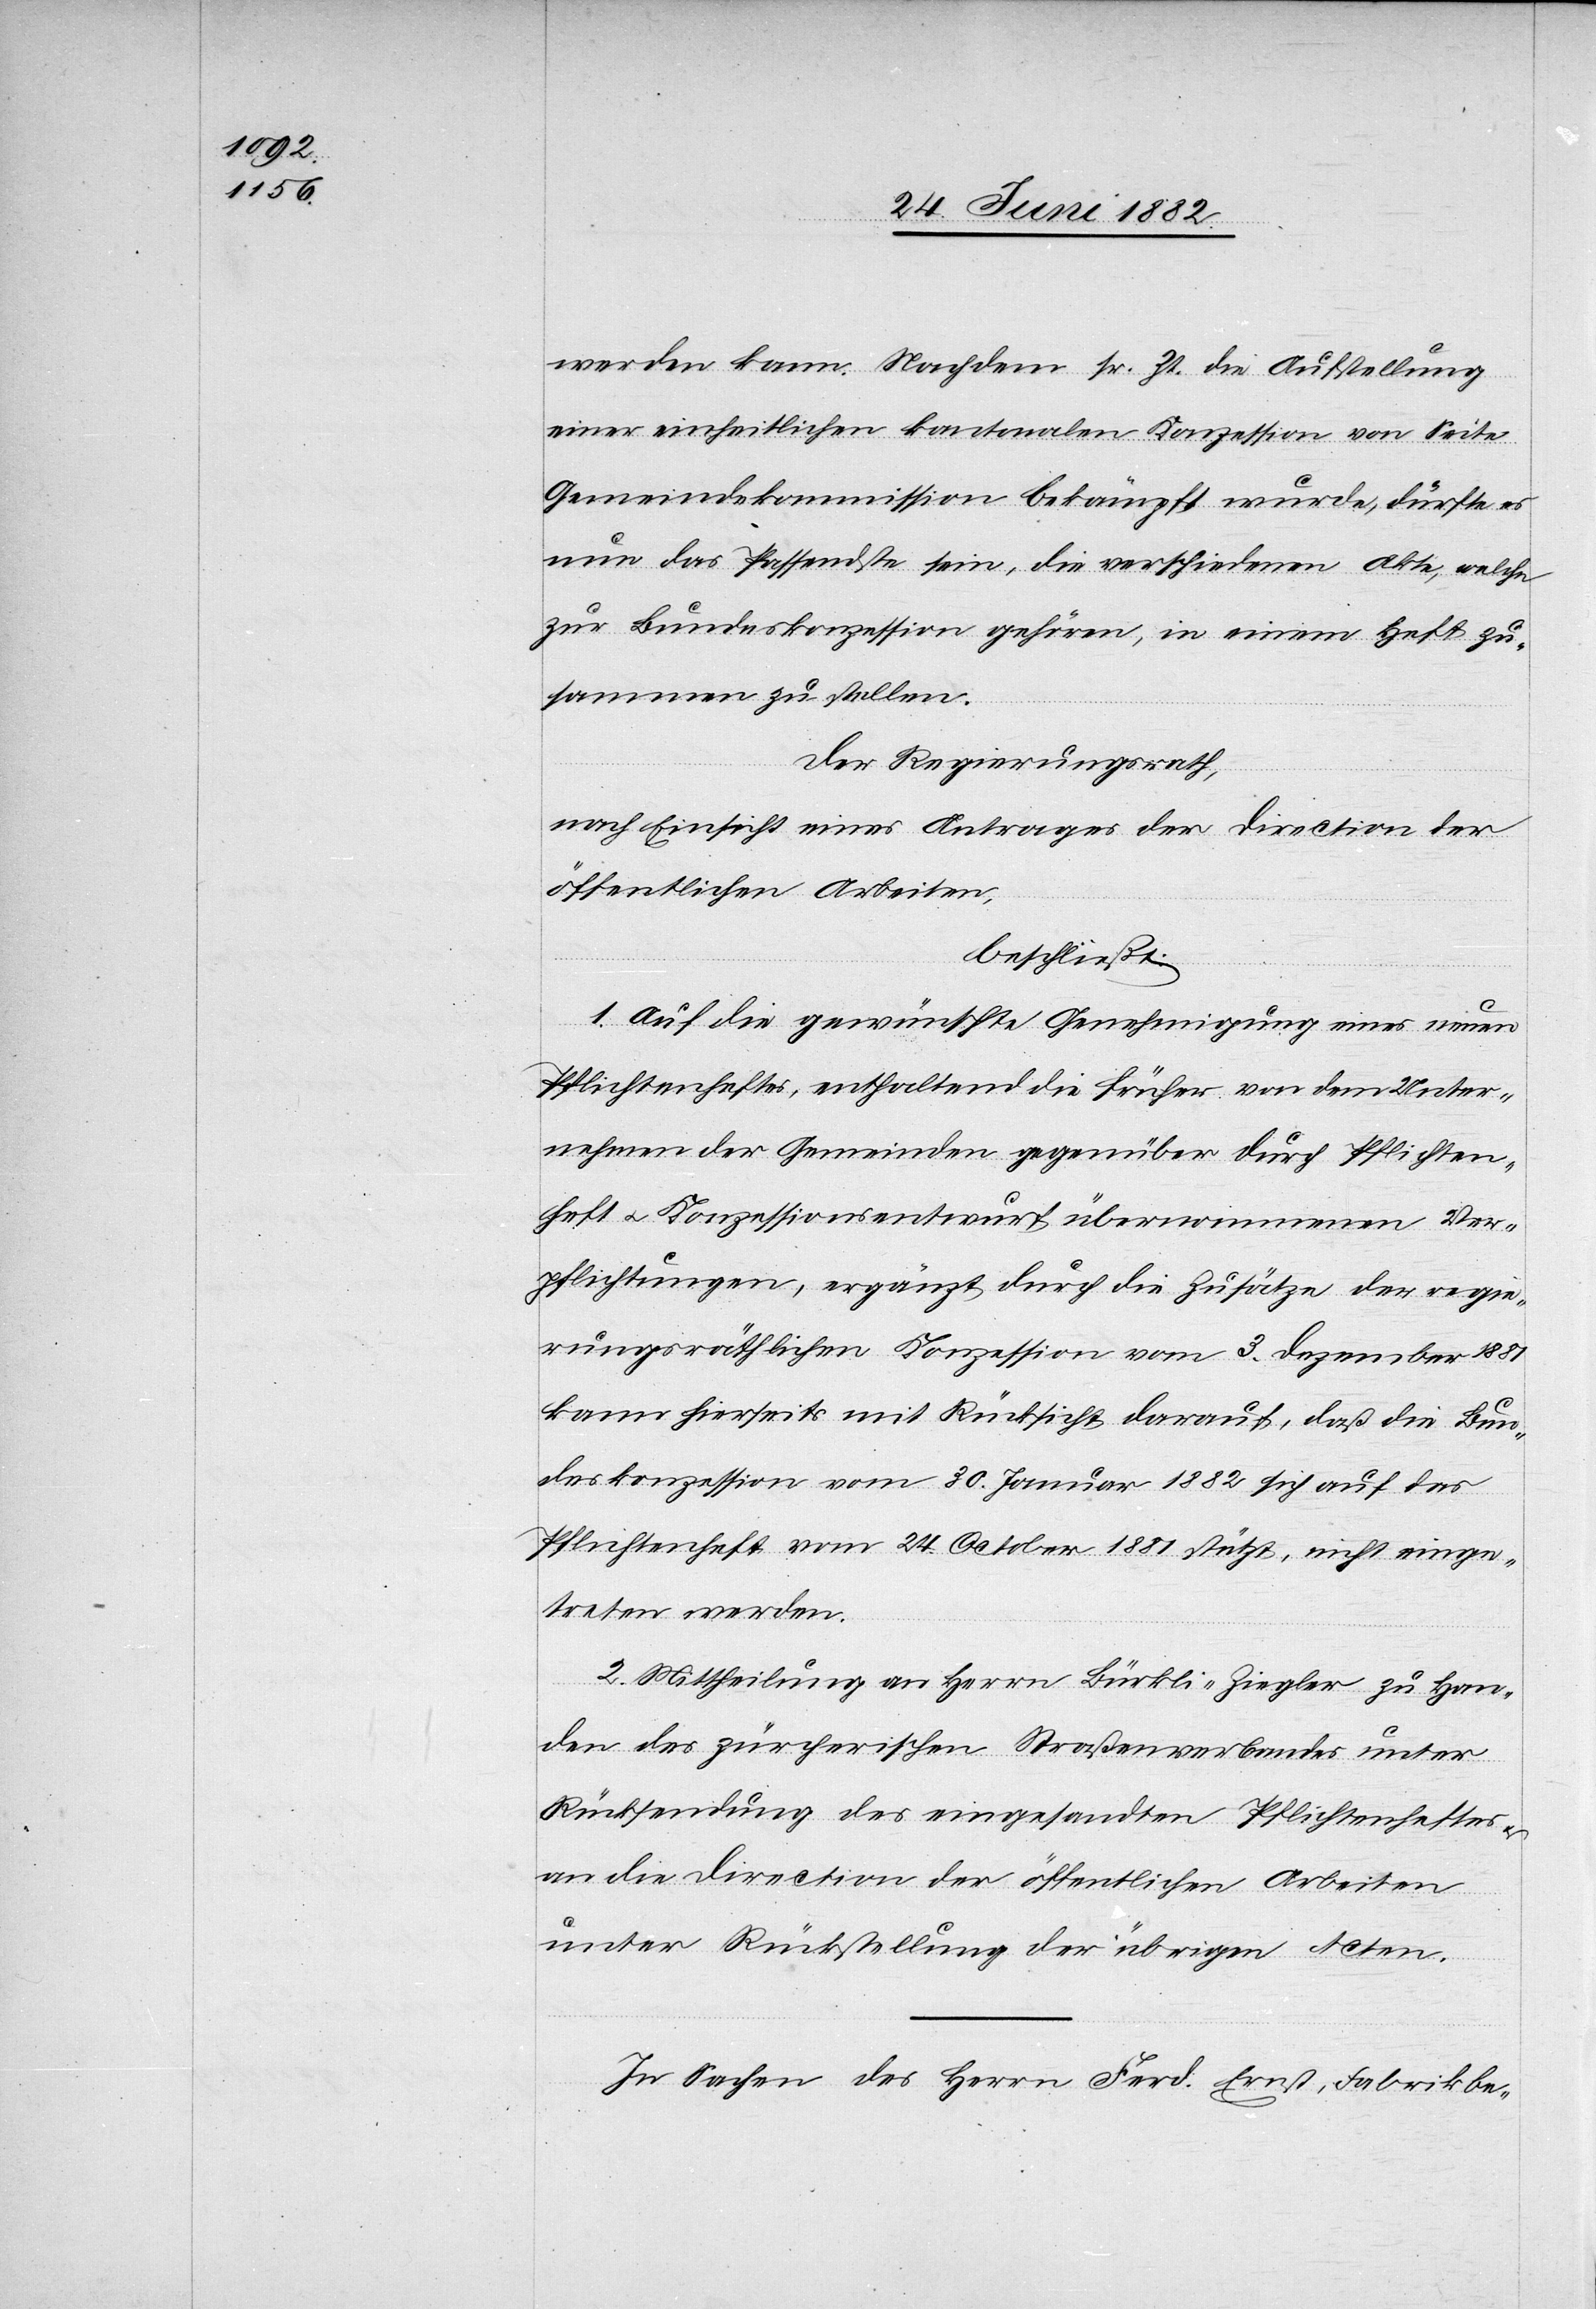
werden kann. Nachdem sr. Zt. die Aufstellung
einer einheitlichen kantonalen Konzession von Seite
Gemeindekommission bekämpft wurde, dürfte es
nun das Passendste sein, die verschiedenen Akte, welche
zur Bundeskonzession gehören, in einem Heft zu¬
sammen zu stellen.
Der Regierungsrath,
nach Einsicht eines Antrages der Direction der
öffentlichen Arbeiten,
beschließt:
1. Auf die gewünschte Genehmigung eines neuen
Pflichtenheftes, enthaltend die früher von dem Unter¬
nehmen der Gemeinden gegenüber durch Pflichten¬
heft u. Konzessionsentwurf übernommenen Ver¬
pflichtungen, ergänzt durch die Zusätze der regie¬
rungsräthlichen Konzession vom 3. Dezember 1881
kann hierseits mit Rücksicht darauf, daß die Bun¬
deskonzession vom 30. Januar 1882 sich auf das
Pflichtenheft vom 24. October 1881 stützt, nicht einge¬
treten werden.
2. Mittheilung an Herrn Bürkli-Ziegler zu Han¬
den des zürcherischen Straßenverbandes unter
Rücksendung des eingesandten Pflichtenheftes
an die Direction der öffentlichen Arbeiten
unter Rückstellung der übrigen Acten.
In Sachen des Herrn Ferd. Ernst, Fabrikbe-